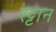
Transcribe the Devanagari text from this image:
रट्टान